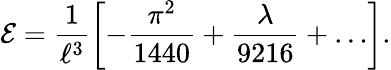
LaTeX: {\cal E}=\frac{1}{\ell^{3}}\left[-\frac{\pi^{2}}{1440}+\frac{\lambda}{9216}+\ldots\right].